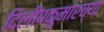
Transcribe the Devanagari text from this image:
दिलीपकुमारच्या